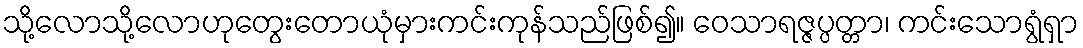
သို့လောသို့လောဟုတွေးတောယုံမှားကင်းကုန်သည်ဖြစ်၍။ ဝေသာရဇ္ဇပ္ပတ္တာ၊ ကင်းသောရွံရှာ